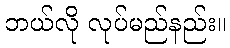
ဘယ်လို လုပ်မည်နည်း။